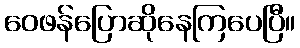
ဝေဖန်ပြောဆိုနေကြပေပြီ။